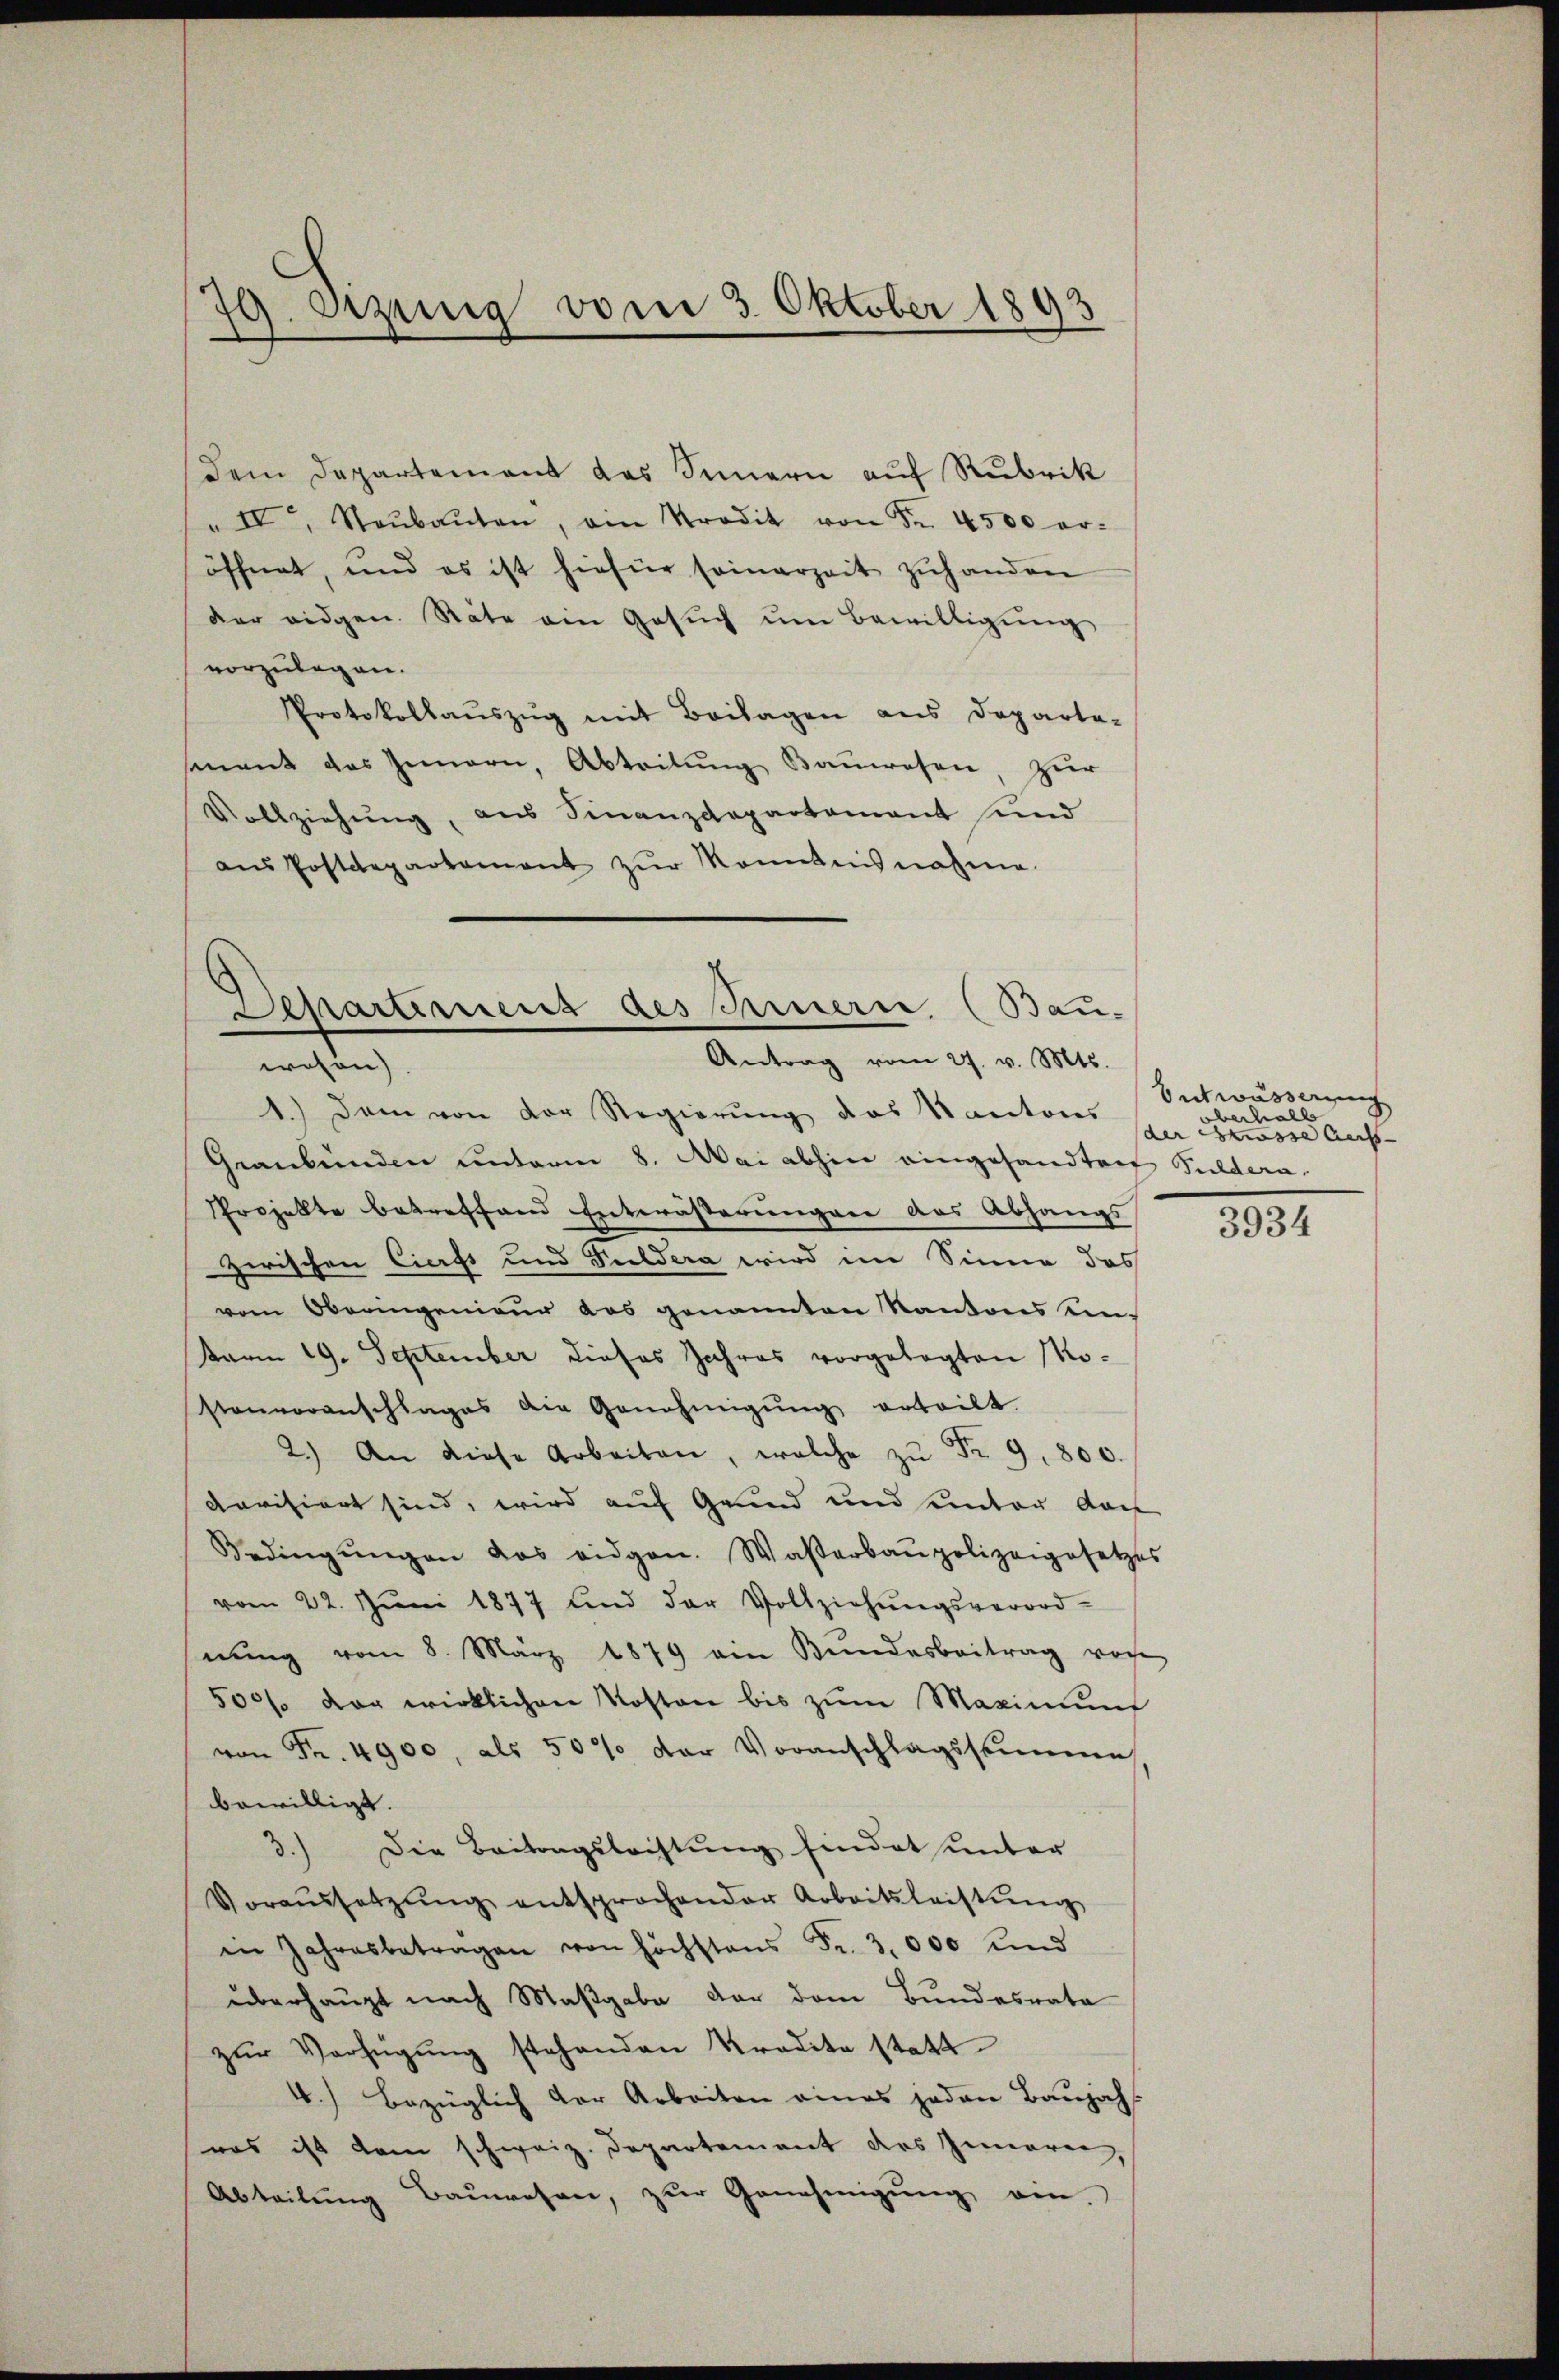
79. Dezung vom 3. Oktober 1893

Dem Departement das Sinnern auf Rubrik
" IV Staŭbaŭten, ein Stradit von Fr. 4500 er-
öffnet, und es ist hiefür seinerzeit zŭhanden
der eidgen. Stäte ein Gesŭch ŭm Bewilligŭng
vorzulegen.
Protokollauszug mit Beilagen aus Departa-
sment das Innern, Abteilung Bauwesen, zur
Vollziehŭng, aus Finanzdepartamant sind
aŭs Postdepartement zŭr Monntnisnahme

Separtemens des Innern, (Bau-
Antrag vom 27. v. Mts.
wesen)

1.) Dem von der Regierung des Kantons
Graubünden unterm 8. Mai abhin eingesandten Guldera-
Throjekte betreffend Entwässerungen das Abhangs
zerischen Ciefs und Feldera wird im Sinne das
vom Oberingenieur das genannten Kantons ein-
Barm 19. September dieses Jahres vorgelegten Mostenvoranschlages die Genehmigŭng erteilt.
2.) An diese Arbeiten, welche zŭ Fr. 9. 800.
Revisiert sind, wird auf Grund und unter dach
Bedingŭngen das eidgen. Wasserbaupolizeigesetzes
vom 22. Jŭni 1877 und der Vollziehŭngsverord-
nŭng vom 8. März 1879 ein Bundesbeitrag vorhe
500% der wirklichen Kosten bis zŭm Maximung
von Fr. 4900, als 50% der Voranschlagsstimme
bewilligt.
3.) Die Beitragsleistung findet unter
Voraussetzŭng entsprochender Arbeitsleistŭng
in Jahresbetragen von höchstens Fr. 3,000 und
überhaupt nach Maßgabe der dem Bundesrata
zŭr Verfügŭng stehenden Tradita statt
4.) Bezüglich der Arbeiten eines jeden Baŭjahr
was ist dem schweiz. Departement des Inneren,
Abteilŭng Baŭwesen, zŭr Genehmigŭng ein.

Entwässerung
berhalb
der crisse Auf- |

3934